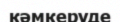
кәмкеруде